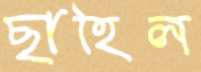
ছাহিল